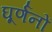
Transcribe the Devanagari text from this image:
घूर्णनों